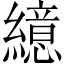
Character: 繶